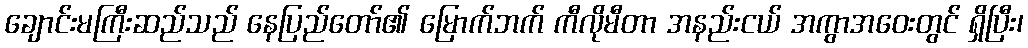
ချောင်းမကြီးဆည်သည် နေပြည်တော်၏ မြောက်ဘက် ကီလိုမီတာ အနည်းငယ် အကွာအဝေးတွင် ရှိပြီး၊